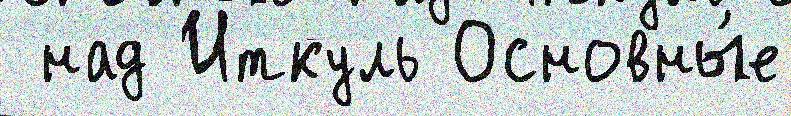
 над Иткуль Основны́е